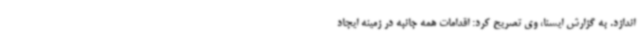
اندازد. به گزارش ایسنا، وی تصریح کرد: اقدامات همه جانبه در زمینه ایجاد